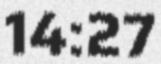
14:27